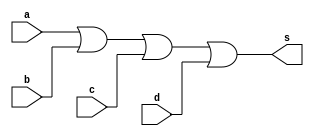
// --------------------- 
// Extra0001 
// Nome: Ana Cristina Pereira Teixeira
// 11. Definir e testar um mdulo com uma expresso envolvendo portas de um circuito capaz de receber um byte
// e retornar 1, se todos os seus bits forem iguais a 0.
//  recomendvel simular o mdulo no Logisim.
// ---------------------

// --------------------- 
// -- or gate 
// --------------------- 
module orgate (output s, input a, input b, input c, input d);
	assign s = a | b | c | d;
endmodule // or

// --------------------- 
// -- and gate 
// --------------------- 
module andgate (output s, input a, input b, input c, input d);
	assign s = a & b & c & d;
endmodule // and

// --------------------- 
// -- nor gate 
// --------------------- 
module norgate (output s, input p, input q);
	assign s = ~(~(p|q));
endmodule // nor

// --------------------- 
// -- circuito 
// --------------------- 
module circuito; 
// ------------------------- dados locais 
	reg a, b, c, d, p, q, r, t; // definir registrador 
	wire s; // definir conexao (fio) 
// ------------------------- instancia 
	or OR1 (s1, a, b, c,d);
	and AND1(s2, p, q, r, t);
	nor NOR1(s, s1, s2);
// ------------------------- preparacao
	initial begin:start
		a = 0; b = 0; c = 0; d = 0; p = 0; q = 0; r = 0; t = 0;
	end
// ------------------------- parte principal
	initial begin:main
		$display("Extra0001 - Ana Cristina Pereira Teixeira - 427385");
		$display("Teste Circuito");
		$display("(a | b | c | d) = s1\n(p & q & r & t) = s2\n~(~(s1 | s2)) = s");
		$monitor("(%b %b %b %b) = %b\n(%b %b %b %b) = %b\n~(~(s1 | s2)) = %b", a, b, c, d, s1, p, q, r, t, s2, s);
		#1 a = 0; b = 0; c = 0; d = 0; p = 0; q = 0; r = 0; t = 0;
	end
endmodule // test